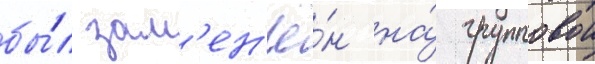
бы́л зам'ен'ё́н на́ групповои